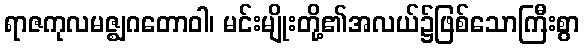
ရာဇကုလမဇ္ဈဂတောဝါ၊ မင်းမျိုးတို့၏အလယ်၌ဖြစ်သောကြီးစွာ